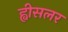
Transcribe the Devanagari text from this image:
ह्वीसलर